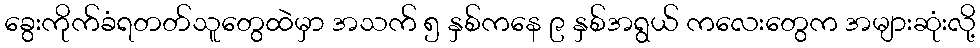
ခွေးကိုက်ခံရတတ်သူတွေထဲမှာ အသက် ၅ နှစ်ကနေ ၉ နှစ်အရွယ် ကလေးတွေက အများဆုံးလို့